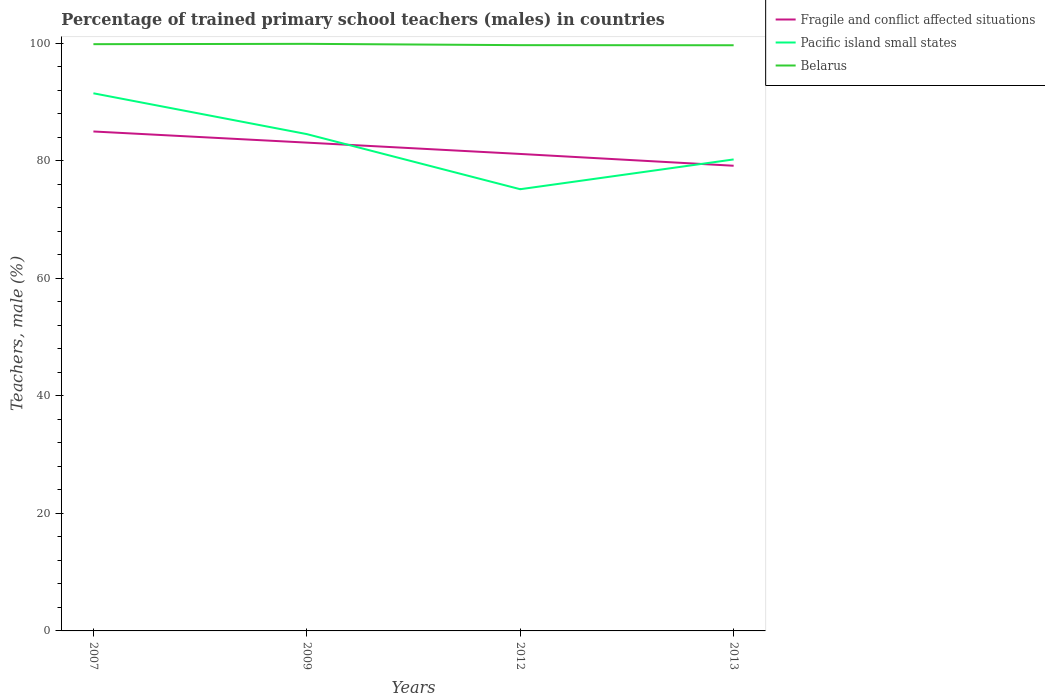
| Years | Fragile and conflict affected situations | Pacific island small states | Belarus |
 | --- | --- | --- | --- |
 | 2007 | 85 | 91.5 | 99.8 |
 | 2009 | 83.1 | 84.5 | 99.9 |
 | 2012 | 81.1 | 75.1 | 99.6 |
 | 2013 | 79.1 | 80.2 | 99.6 |